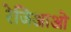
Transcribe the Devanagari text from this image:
रेजिआओ